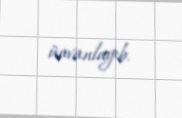
ünvanlayıb.